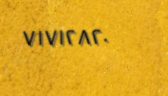
٧١٧١٢٨٢٠